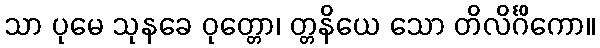
သာ ပုမေ သုနခေ ဝုတ္တော၊ တ္တနိယေ သော တိလိင်္ဂိကော။